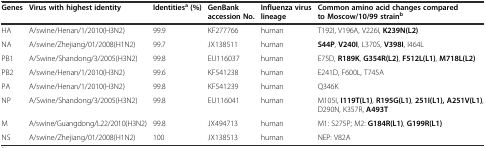
<table><thead><tr><td><b>Genes</b></td><td><b>Virus with highest identity</b></td><td><b>Identities<sup>a</sup>(%)</b></td><td><b>GenBank accession No.</b></td><td><b>Influenza virus lineage</b></td><td><b>Common amino acid changes compared to Moscow/10/99 strain<sup>b</sup></b></td></tr></thead><tbody><tr><td>HA</td><td>A/swine/Henan/1/2010(H3N2)</td><td>99.9</td><td>KF277766</td><td>human</td><td>T192I, V196A, V226I, <b>K239N(L2)</b></td></tr><tr><td>NA</td><td>A/swine/Zhejiang/01/2008(H1N2)</td><td>99.7</td><td>JX138511</td><td>human</td><td><b>S44P</b>, <b>V240I</b>, L370S, <b>V398I</b>, I464L</td></tr><tr><td>PB1</td><td>A/Swine/Shandong/3/2005(H3N2)</td><td>99.8</td><td>EU116037</td><td>human</td><td>E75D, <b>R189K</b>, <b>G354R(L2)</b>, <b>F512L(L1)</b>, <b>M718L(L2)</b></td></tr><tr><td>PB2</td><td>A/swine/Henan/1/2010(H3N2)</td><td>99.6</td><td>KF541238</td><td>human</td><td>E241D, F600L, T745A</td></tr><tr><td>PA</td><td>A/swine/Henan/1/2010(H3N2)</td><td>99.8</td><td>KF541239</td><td>human</td><td>Q346K</td></tr><tr><td>NP</td><td>A/Swine/Shandong/3/2005(H3N2)</td><td>99.8</td><td>EU116041</td><td>human</td><td>M105I, <b>I119T(L1)</b>, <b>R195G(L1)</b>, <b>251I(L1), A251V(L1)</b>,D290N, K357R, <b>A493T</b></td></tr><tr><td>M</td><td>A/swine/Guangdong/L22/2010(H3N2)</td><td>99.8</td><td>JX494713</td><td>human</td><td>M1: S275P; M2: <b>G184R(L1)</b>, <b>G199R(L1)</b></td></tr><tr><td>NS</td><td>A/swine/Zhejiang/01/2008(H1N2)</td><td>100</td><td>JX138513</td><td>human</td><td>NEP: V82A</td></tr></tbody></table>